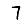
Digit: 7